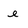
Character: e